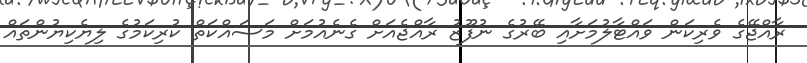
ރާއްޖޭގެ ވެރިކަން ވައްޓާލުމަށާއި ބޭރުގެ ނުފޫޒު ރާއްޖެއަށް ގެނެއުމަށް މަސައްކަތް ކުރިކަމުގެ ލިޔެކިޔުންތައް